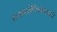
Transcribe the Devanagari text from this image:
डायक्लोफिनॅकसाठी